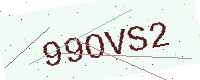
Text: 99OVS2